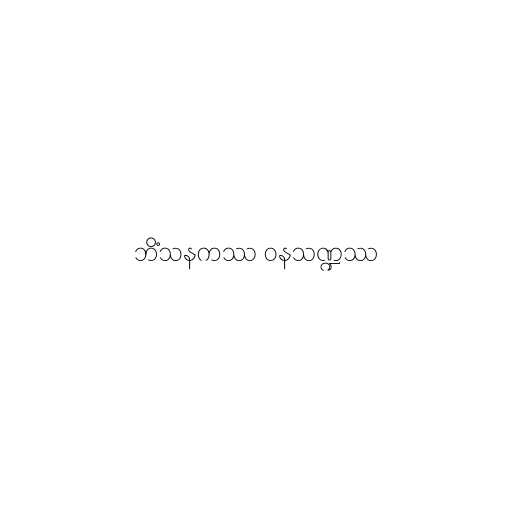
ဘိံသနကဿ ဝနသဏ္ဍဿ